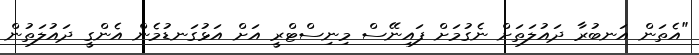
"އެތަން އަނބުރާ ދައުލަތަށް ނެގުމަށް ފައިނޭސް މިނިސްޓްރީ އަށް އަޅުގަނޑުމެން އެންގީ ދައުލަތުން